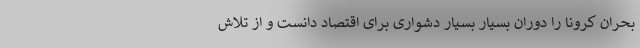
بحران کرونا را دوران بسیار بسیار دشواری برای اقتصاد دانست و از تلاش